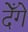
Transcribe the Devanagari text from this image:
देँगे